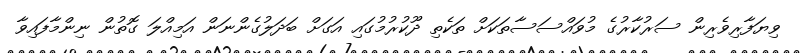
ވިޔަފާރިވެރިން ސަރުކާރުގެ މުވައްސަސާތަކަށް ތަކެތި ދޫކުރުމުގައި އަގަށް ބަދަލުގެންނަން އަމިއްލަ ގޮތުން ނިންމާފައިވާ